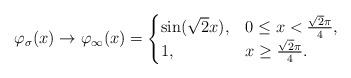
LaTeX: \begin{align*}\begin{aligned}\varphi_\sigma(x)\to \varphi_{\infty}(x)=\begin{cases}\sin(\sqrt{2}x), &0\le x<\frac{\sqrt{2}\pi}{4},\\1, &x\ge\frac{\sqrt{2}\pi}{4}.\\\end{cases}\end{aligned}\end{align*}